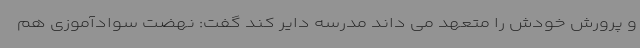
و پرورش خودش را متعهد می داند مدرسه دایر کند گفت: نهضت سوادآموزی هم